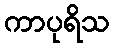
ကာပုရိသ